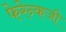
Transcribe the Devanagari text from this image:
फेरेन्कजी